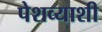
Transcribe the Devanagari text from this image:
पेशव्याशी